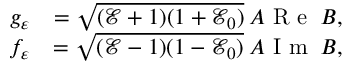
\begin{array} { c r } { g _ { \varepsilon } } & { = \sqrt { ( \mathcal { E } + 1 ) ( 1 + \mathcal { E } _ { 0 } ) } \: A \mathrm { ~ R ~ e ~ } \: B , } \\ { f _ { \varepsilon } } & { = \sqrt { ( \mathcal { E } - 1 ) ( 1 - \mathcal { E } _ { 0 } ) } \: A \mathrm { ~ I ~ m ~ } \: B , } \end{array}